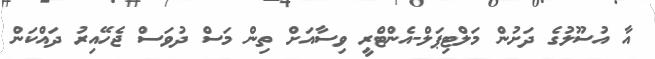
އާ އުސޫލުގެ ދަށުން މަލްޓިޕަލް-އެންޓްރީ ވިސާއަށް ތިން މަސް ދުވަސް ޖެހޭއިރު ދައްކަން